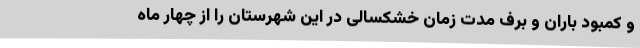
و کمبود باران و برف مدت زمان خشکسالی در این شهرستان را از چهار ماه